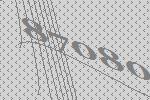
87080